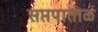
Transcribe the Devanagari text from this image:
सप्तपाताळ